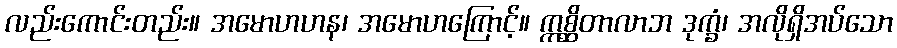
လည်းကောင်းတည်း။ အမောဟဟန၊ အမောဟကြောင့်။ ဣစ္ဆိတာလာဘ ဒုက္ခံ၊ အလိုရှိအပ်သော